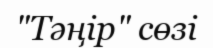
"Тәңір" сөзі